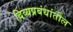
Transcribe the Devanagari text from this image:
दिव्यप्रबंधांतील